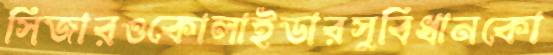
সিজারওকোলাইডারসুবিধানকো